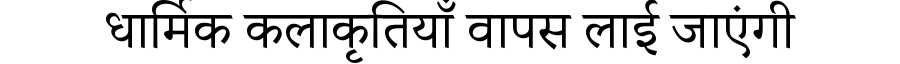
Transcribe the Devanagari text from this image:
धार्मिक कलाकृतियाँ वापस लाई जाएंगी